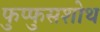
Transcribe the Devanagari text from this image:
फुप्फुसशोथ